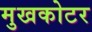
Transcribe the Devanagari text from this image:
मुखकोटर